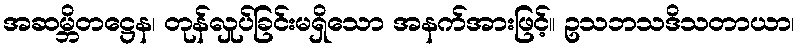
အဆမ္ဘိတဋ္ဌေန၊ တုန်လှုပ်ခြင်းမရှိသော အနက်အားဖြင့်။ ဥသဘသဒိသတာယာ၊